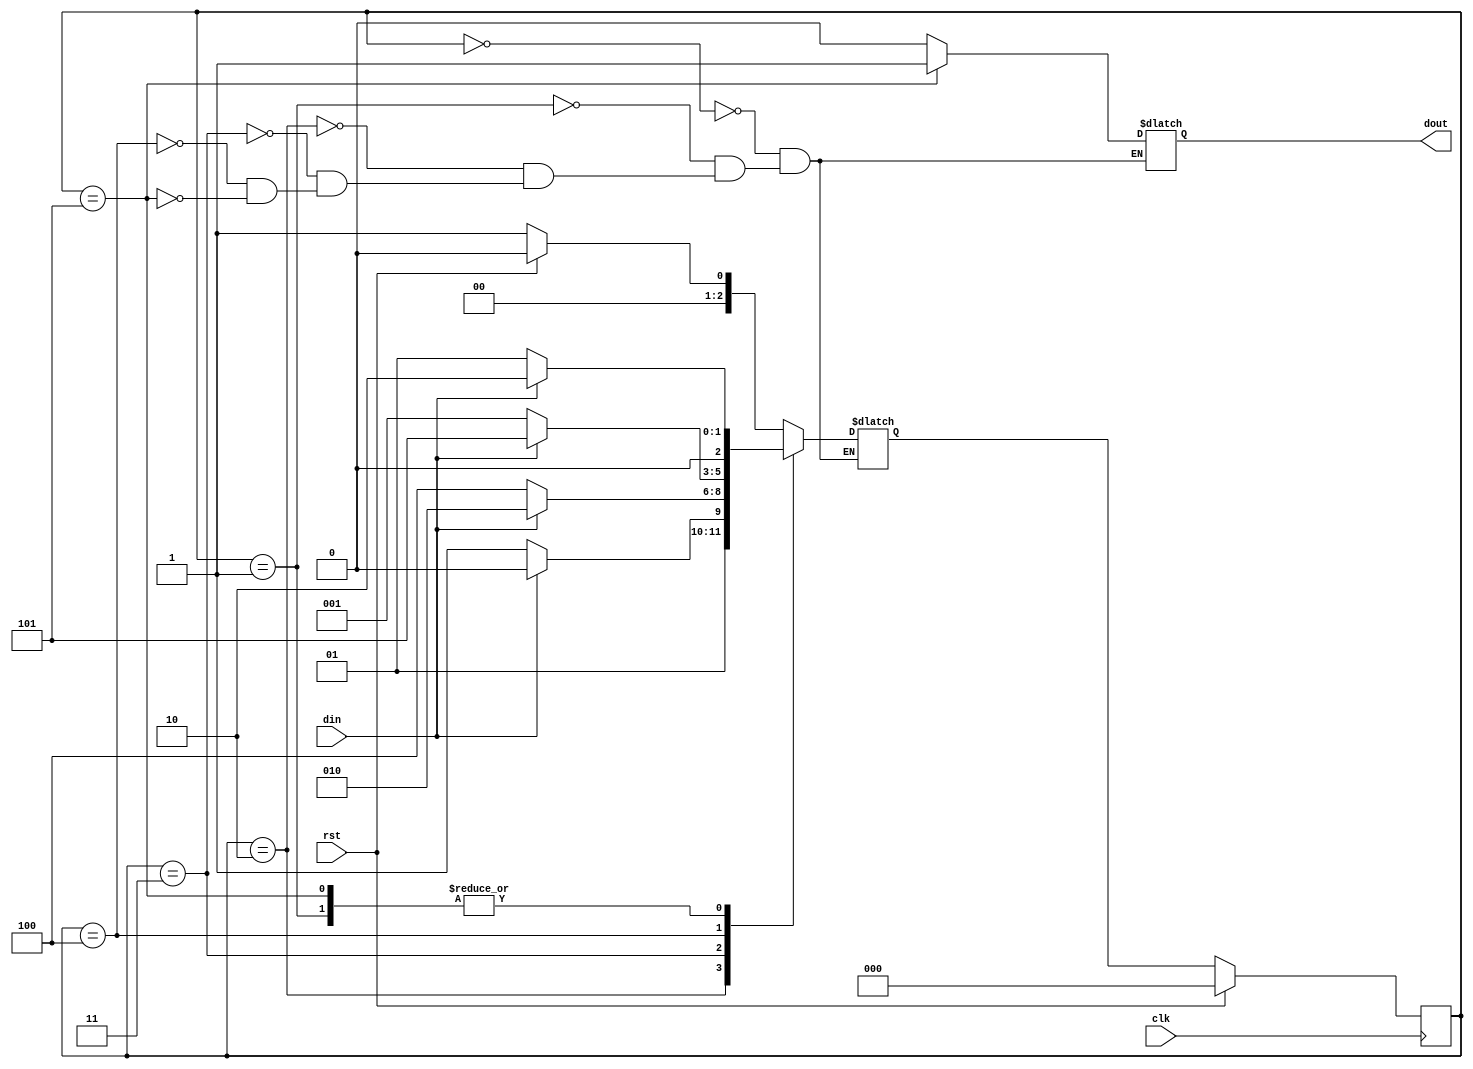
`timescale 1ns / 1ps
//////////////////////////////////////////////////////////////////////////////////
// Company: 
// Engineer: 
// 
// Design Name: 
// Module Name: moore_1001_detector
// Project Name: 
// Target Devices: 
// Tool Versions: 
// Description: 
// 
// Dependencies: 
// 
// Revision:
// Revision 0.01 - File Created
// Additional Comments:
// 
//////////////////////////////////////////////////////////////////////////////////


module moore_1001_detector(
    input clk,rst,din,
    output reg dout
    );
    
    parameter idle=0;
    parameter s0=1;
    parameter s1=2;
    parameter s2=3;
    parameter s3=4;
    parameter s4=5;
    
    reg [2:0] state=idle,nstate=idle;
    /////////////Reset Logic//////////////
    always@(posedge clk)
    begin
    if(rst==1'b1) state<=idle;
    else          state<=nstate;
    end
    ///////////Output///////
    always@(state,din)
    begin
    case(state)
    idle: dout=1'b0;
    s0:   dout=1'b0;
    s1:   dout=1'b0;
    s2:   dout=1'b0;
    s3:   dout=1'b0;
    s4:   dout=1'b1;
    endcase
    end
    ////////Next State////
    always@(state,din)
    begin
    case(state)
    idle: begin
          if(rst==1'b1) nstate=idle;
          else          nstate=s0;
          end
    s0: begin
          if(din) nstate=s1;
          else          nstate=s0;
          end
    s1: begin
          if(din) nstate=s1;
          else          nstate=s2;
          end   
    s2: begin
          if(din) nstate=s1;
          else          nstate=s3;
          end
    s3: begin
          if(din) nstate=s4;
          else          nstate=s0;
          end
   s4: begin
          if(din) nstate=s1;
          else          nstate=s0;
          end
endcase
end


endmodule